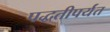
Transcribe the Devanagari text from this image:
पद्धतीपर्यंत